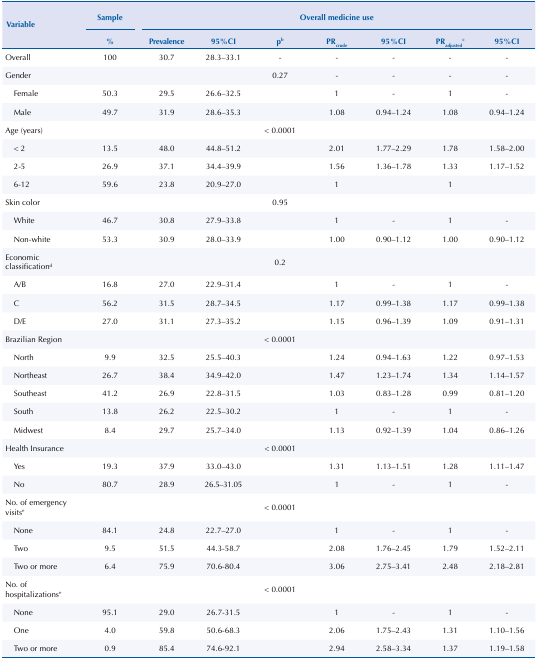
<table><thead><tr><td rowspan="3"><b>Variable</b></td><td><b>Sample</b></td><td colspan="7"><b>Overall medicine use</b></td></tr><tr><td><b>%</b></td><td><b>Prevalence</b></td><td><b>95%CI</b></td><td><b>p<sup>b</sup></b></td><td><b>PR<sub>crude</sub></b></td><td><b>95%CI</b></td><td><b>PR<sub>adjusted</sub><sup>c</sup></b></td><td><b>95%CI</b></td></tr></thead><tbody><tr><td>Overall</td><td>100</td><td>30.7</td><td>28.3–33.1</td><td>-</td><td>-</td><td>-</td><td>-</td><td>-</td></tr><tr><td>Gender</td><td> </td><td> </td><td> </td><td>0.27</td><td>-</td><td>-</td><td>-</td><td>-</td></tr><tr><td>Female</td><td>50.3</td><td>29.5</td><td>26.6–32.5</td><td> </td><td>1</td><td>-</td><td>1</td><td>-</td></tr><tr><td>Male</td><td>49.7</td><td>31.9</td><td>28.6–35.3</td><td> </td><td>1.08</td><td>0.94–1.24</td><td>1.08</td><td>0.94–1.24</td></tr><tr><td>Age (years)</td><td> </td><td> </td><td> </td><td>&lt; 0.0001</td><td> </td><td> </td><td> </td><td> </td></tr><tr><td>&lt; 2</td><td>13.5</td><td>48.0</td><td>44.8–51.2</td><td> </td><td>2.01</td><td>1.77–2.29</td><td>1.78</td><td>1.58–2.00</td></tr><tr><td>2-5</td><td>26.9</td><td>37.1</td><td>34.4–39.9</td><td> </td><td>1.56</td><td>1.36–1.78</td><td>1.33</td><td>1.17–1.52</td></tr><tr><td>6-12</td><td>59.6</td><td>23.8</td><td>20.9–27.0</td><td> </td><td>1</td><td> </td><td>1</td><td> </td></tr><tr><td>Skin color</td><td> </td><td> </td><td> </td><td>0.95</td><td> </td><td> </td><td> </td><td> </td></tr><tr><td>White</td><td>46.7</td><td>30.8</td><td>27.9–33.8</td><td> </td><td>1</td><td>-</td><td>1</td><td>-</td></tr><tr><td>Non-white</td><td>53.3</td><td>30.9</td><td>28.0–33.9</td><td> </td><td>1.00</td><td>0.90–1.12</td><td>1.00</td><td>0.90–1.12</td></tr><tr><td>Economic classification<sup>d</sup></td><td> </td><td> </td><td> </td><td>0.2</td><td> </td><td> </td><td> </td><td> </td></tr><tr><td>A/B</td><td>16.8</td><td>27.0</td><td>22.9–31.4</td><td> </td><td>1</td><td>-</td><td>1</td><td>-</td></tr><tr><td>C</td><td>56.2</td><td>31.5</td><td>28.7–34.5</td><td> </td><td>1.17</td><td>0.99–1.38</td><td>1.17</td><td>0.99–1.38</td></tr><tr><td>D/E</td><td>27.0</td><td>31.1</td><td>27.3–35.2</td><td> </td><td>1.15</td><td>0.96–1.39</td><td>1.09</td><td>0.91–1.31</td></tr><tr><td>Brazilian Region</td><td> </td><td> </td><td> </td><td>&lt; 0.0001</td><td> </td><td> </td><td> </td><td> </td></tr><tr><td>North</td><td>9.9</td><td>32.5</td><td>25.5–40.3</td><td> </td><td>1.24</td><td>0.94–1.63</td><td>1.22</td><td>0.97–1.53</td></tr><tr><td>Northeast</td><td>26.7</td><td>38.4</td><td>34.9–42.0</td><td> </td><td>1.47</td><td>1.23–1.74</td><td>1.34</td><td>1.14–1.57</td></tr><tr><td>Southeast</td><td>41.2</td><td>26.9</td><td>22.8–31.5</td><td> </td><td>1.03</td><td>0.83–1.28</td><td>0.99</td><td>0.81–1.20</td></tr><tr><td>South</td><td>13.8</td><td>26.2</td><td>22.5–30.2</td><td> </td><td>1</td><td>-</td><td>1</td><td>-</td></tr><tr><td>Midwest</td><td>8.4</td><td>29.7</td><td>25.7–34.0</td><td> </td><td>1.13</td><td>0.92–1.39</td><td>1.04</td><td>0.86–1.26</td></tr><tr><td>Health Insurance</td><td> </td><td> </td><td> </td><td>&lt; 0.0001</td><td> </td><td> </td><td> </td><td> </td></tr><tr><td>Yes</td><td>19.3</td><td>37.9</td><td>33.0–43.0</td><td> </td><td>1.31</td><td>1.13–1.51</td><td>1.28</td><td>1.11–1.47</td></tr><tr><td>No</td><td>80.7</td><td>28.9</td><td>26.5–31.05</td><td> </td><td>1</td><td>-</td><td>1</td><td>-</td></tr><tr><td>No. of emergency visits<sup>e</sup></td><td> </td><td> </td><td> </td><td>&lt; 0.0001</td><td> </td><td> </td><td> </td><td> </td></tr><tr><td>None</td><td>84.1</td><td>24.8</td><td>22.7–27.0</td><td> </td><td>1</td><td>-</td><td>1</td><td>-</td></tr><tr><td>Two</td><td>9.5</td><td>51.5</td><td>44.3-58.7</td><td> </td><td>2.08</td><td>1.76–2.45</td><td>1.79</td><td>1.52–2.11</td></tr><tr><td>Two or more</td><td>6.4</td><td>75.9</td><td>70.6-80.4</td><td> </td><td>3.06</td><td>2.75–3.41</td><td>2.48</td><td>2.18–2.81</td></tr><tr><td>No. of hospitalizations<sup>e</sup></td><td> </td><td> </td><td> </td><td>&lt; 0.0001</td><td> </td><td> </td><td> </td><td> </td></tr><tr><td>None</td><td>95.1</td><td>29.0</td><td>26.7-31.5</td><td> </td><td>1</td><td>-</td><td>1</td><td>-</td></tr><tr><td>One</td><td>4.0</td><td>59.8</td><td>50.6-68.3</td><td> </td><td>2.06</td><td>1.75–2.43</td><td>1.31</td><td>1.10–1.56</td></tr><tr><td>Two or more</td><td>0.9</td><td>85.4</td><td>74.6-92.1</td><td> </td><td>2.94</td><td>2.58–3.34</td><td>1.37</td><td>1.19–1.58</td></tr></tbody></table>